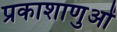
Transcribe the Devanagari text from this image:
प्रकाशाणुओं